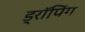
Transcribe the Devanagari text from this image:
ड्रॉपिंग